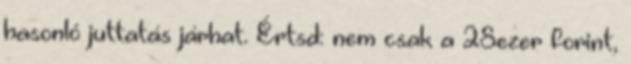
hasonló juttatás járhat. Értsd: nem csak a 28ezer forint,